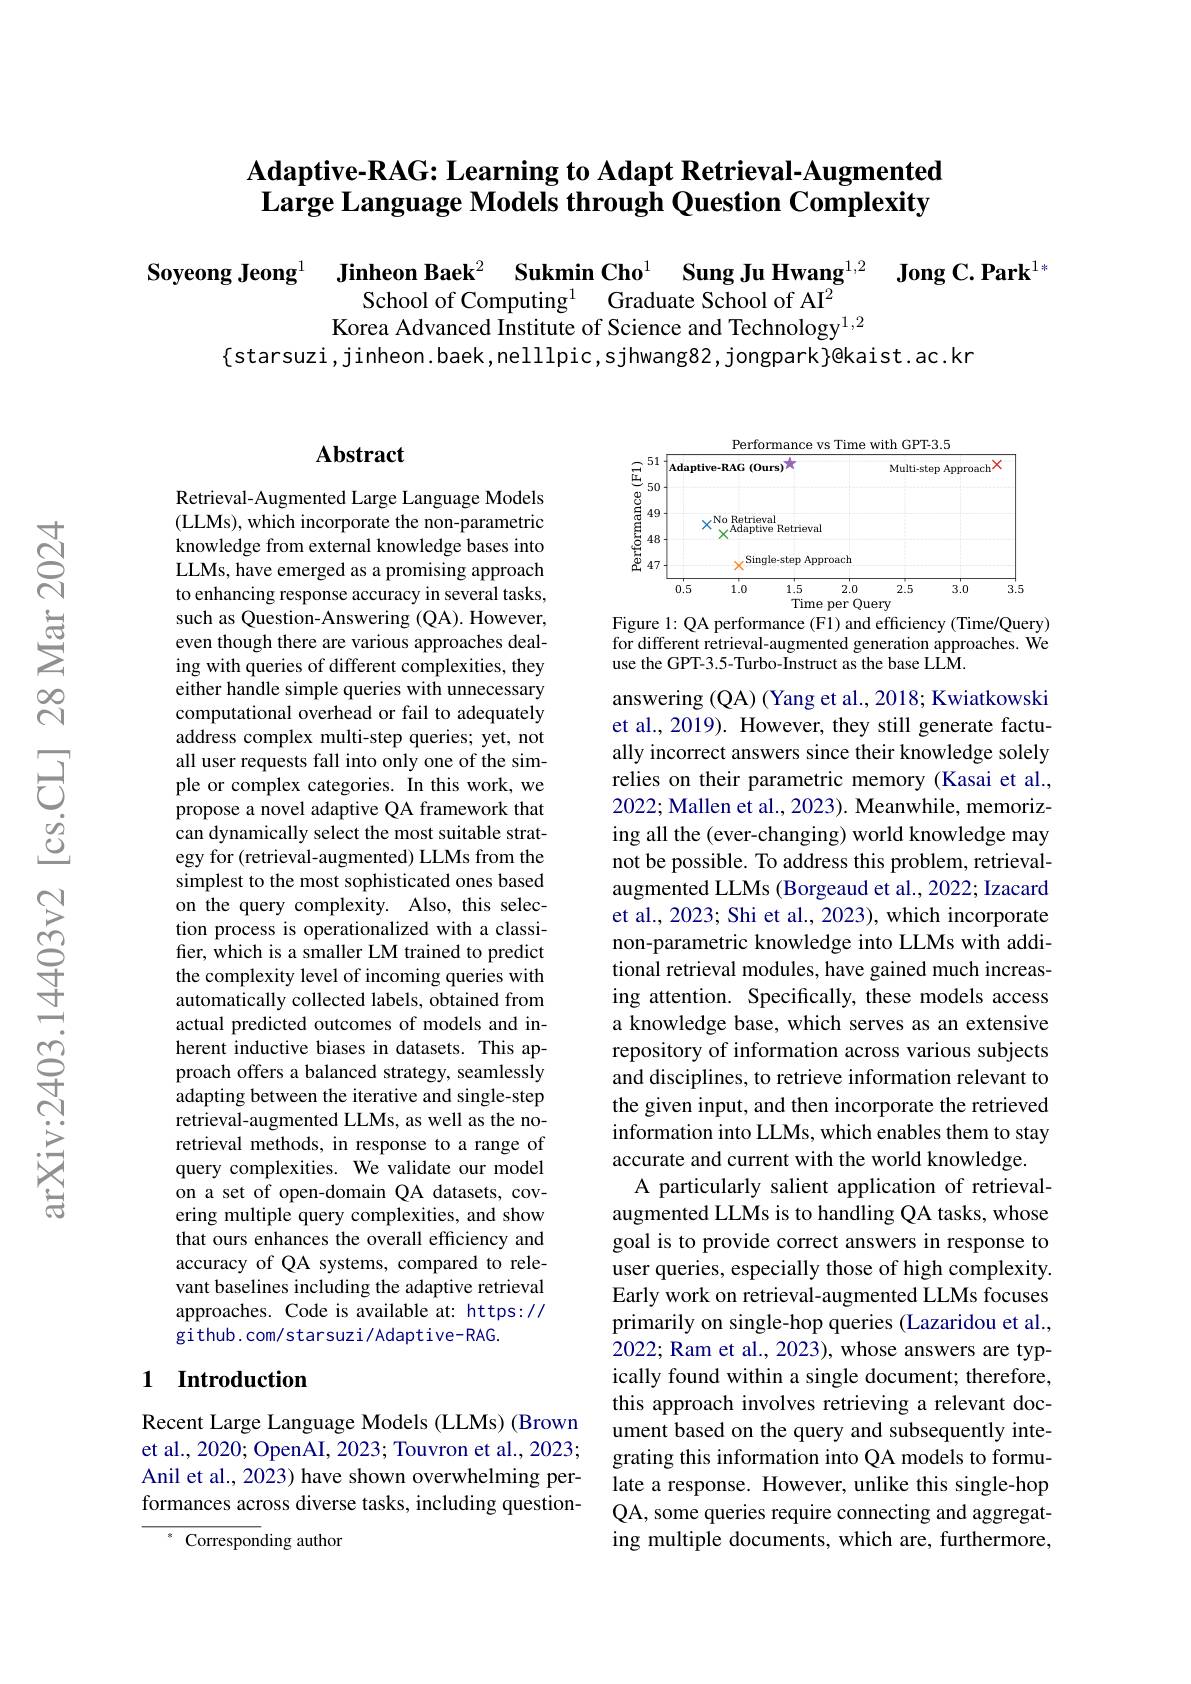
## Adaptive-RAG: Learning to Adapt Retrieval-Augmented $\textbf{Large Language Models through Question Complexity}$

$\begin{array}{cc}\textbf{Soyeong Jeong}^{1}&\textbf{Jinheon Baek}^{2}&\textbf{Sukmin Cho}^{1}&\textbf{Sung Ju Hwang}^{1,2}&\textbf{Jong C. Park}^{1,\text{s}}\\&\text{School of Computing}^{1}&\text{Graduate School of AI}^{2}\end{array}$
Korea Advanced Institute of Science and Technology$^{1,2}$
$\{$starsuzi,jinheon.baek,nelllpic,sjhwang82,jongpark}@kaist.ac.kr

## Abstract

Retrieval-Augmented Large Language Models (LLMs), which incorporate the non-parametric knowledge from external knowledge bases into LLMs, have emerged as a promising approach to enhancing response accuracy in several tasks, such as Question-Answering (QA). However, even though there are various approaches dealing with queries of different complexities, they either handle simple queries with unnecessary computational overhead or fail to adequately address complex multi-step queries; yet, not all user requests fall into only one of the simple or complex categories. In this work, we propose a novel adaptive QA framework that can dynamically select the most suitable strategy for (retrieval-augmented) LLMs from the simplest to the most sophisticated ones based on the query complexity. Also, this selection process is operationalized with a classifer, which is a smaller LM trained to predict the complexity level of incoming queries with automatically collected labels, obtained from actual predicted outcomes of models and inherent inductive biases in datasets. This approach offers a balanced strategy, seamlessly adapting between the iterative and single-step retrieval-augmented LLMs, as well as the noretrieval methods, in response to a range of query complexities. We validate our model on a set of open-domain QA datasets, covering multiple query complexities, and show that ours enhances the overall efficiency and accuracy of QA systems, compared to relevant baselines including the adaptive retrieval approaches. Code is available at: https:// github.com/starsuzi/Adaptive-RAG.

### 1 $\textbf{Introduction}$

Recent Large Language Models (LLMs) (Brown et al., 2020; OpenAI, 2023; Touvron et al., 2023; Anil et al., 2023) have shown overwhelming performances across diverse tasks, including question-

Corresponding author

<FigureHere>
Figure 1: QA performance (F1) and efficiency (Time/Query)

for different retrieval-augmented generation approaches. We
use the GPT-3.5-Turbo-Instruct as the base LLM.

answering (QA) (Yang et al., 2018; Kwiatkowski et al., 2019). However, they still generate factually incorrect answers since their knowledge solely relies on their parametric memory (Kasai et al., 2022; Mallen et al., 2023). Meanwhile, memorizing all the (ever-changing) world knowledge may not be possible. To address this problem, retrievalaugmented LLMs (Borgeaud et al., 2022; Izacard et al., 2023; Shi et al., 2023), which incorporate non-parametric knowledge into LLMs with additional retrieval modules, have gained much increasing attention. Specifically, these models access a knowledge base, which serves as an extensive repository of information across various subjects and disciplines, to retrieve information relevant to the given input, and then incorporate the retrieved information into LLMs, which enables them to stay accurate and current with the world knowledge.
A particularly salient application of retrievalaugmented LLMs is to handling QA tasks, whose goal is to provide correct answers in response to user queries, especially those of high complexity. Early work on retrieval-augmented LLMs focuses primarily on single-hop queries (Lazaridou et al., 2022; Ram et al., 2023), whose answers are typically found within a single document; therefore, this approach involves retrieving a relevant document based on the query and subsequently integrating this information into QA models to formulate a response. However, unlike this single-hop QA, some queries require connecting and aggregating multiple documents, which are, furthermore,